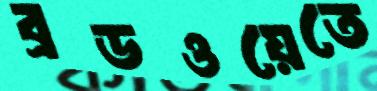
ব্রডওয়েতে